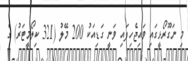
މި ނަގޫރޯޅީގައި ވައިޖެހިފައި ވަނީ ގަޑިއަކު 200 މޭލު (321 ކިލޯމީޓަރު) ގެ